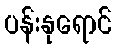
ပန်းနုရောင်